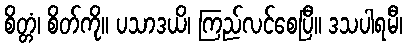
စိတ္တံ၊ စိတ်ကို။ ပသာဒယိ၊ ကြည်လင်စေပြီ။ ဒသပါရမီ၊